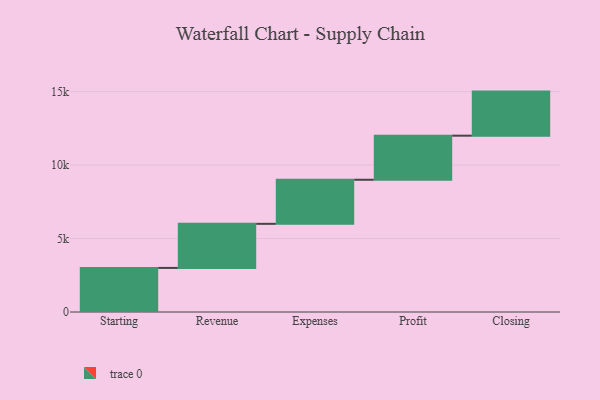
{"axis": {"x": "Step", "y": "Value"}, "legend": [""], "data": [{"x": "Starting", "y": 3000, "type": ""}, {"x": "Revenue", "y": 3000, "type": ""}, {"x": "Expenses", "y": 3000, "type": ""}, {"x": "Profit", "y": 3000, "type": ""}, {"x": "Closing", "y": 3000, "type": ""}]}